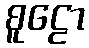
စူဠော